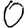
Digit: 0